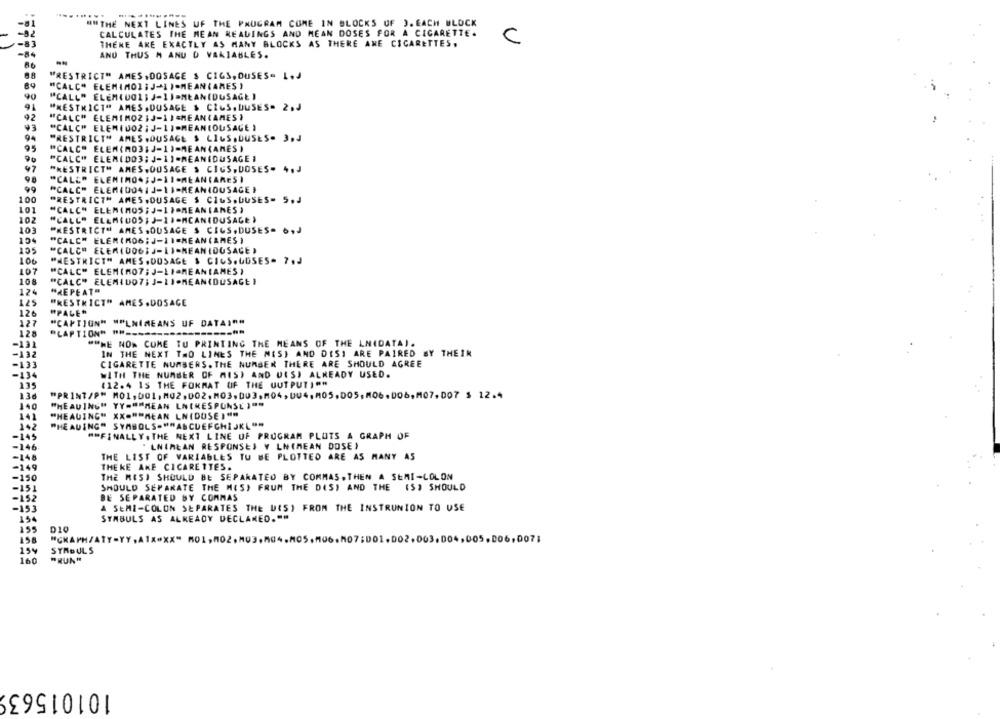
"" THE NEXT LINES UF THE PROGRAM COME IN BLOCKS UF J. EACH BLOCK
-82
CALCULATES THE MEAN READINGS AND MEAN DOSES FOR A CIGARETTE.
.83
THERE ARE EXACTLY AS MANY BLOCKS AS THERE ANE CIGARETTES.
C
-84
AND THUS M AND O VARIABLES.
-
88
"RESTRICT" AMES.DOSAGE & CIGS, DUSES- L.J
"CALC" ELEMIMOISJ-II.MEAN(ARES )
90
"CALL" ELEM(DOL; J-IJNEANDUSAGE )
91
"RESTRICT" AMES.DUSAGE $ CIGS, DUSES- 2.J
92
"CALC" ELEMIMOZIJ-IISMEANIAMES }
"CALC" ELEM(UO2 ; J-11-MEAN(OUSAGE )
94
"RESTRICT" AMES.DUSAGE $ LIGS,DUSES. 3.J
95
"CALC" ELEM(MO3;J-11-MEAN(AMES )
90
"CALC" ELEM(DO3; J-11-MEANIDUSAGE I
97
"RESTRICT" AMES,DOSAGE & CIUS, DOSES- 4.J
"CALE" ELEMIMO .; J-1I-MEANCARES)
99
"CALC" ELEM(0041J-11-MEANDUSAGE }
100
"RESTRICT" AMES,OUSAGE S CIUS.DUSES- 5.J
101
"CALC" ELEMIMOS ;J-ITOMEANIANES )
102
103
"RESTRICT" AMES,OUSAGE S CIGS, DUSES. ., J
104
"CALC" ELEM(MO6; J-11=MEAN(AMES )
105
"CALC" ELEM(DO6;J-LI-MEANIDOSACE )
"NESTRICT" AMES.DOSAGE $ CIGS. UUSES- 7.J
107
"CALC" ELEM(MO7; J-LIMEANIAMES )
108
"CALC" ELEMIDO7; 3-11-MEAN(DUSAGE }
124
"REPEAT
125
"RESTRICT" AMES.DOSAGE
126
"PALER
127
"CAPTION" ""LNIMEANS UF DATA)""
128
"LAPTION" PH ==
-131
""ME NON COME TU PRINTING THE MEANS OF THE LNIDATA).
-132
IN THE NEXT TWO LINES THE MESI AND DISI ARE PAIRED BY THEIN
-133
CIGARETTE NUMBERS. THE NUMBER THERE ARE SHOULD AGREE
-134
WITH THE NUMBER OF MIS) AND UISJ ALREADY USED.
135
(12.4 15 THE FORMAT OF THE OUTPUT)""
136
"PRINT/PM M01,001,M02,002,M03.003.M04,004,M05,005,M06.006,M07, 007 $ 12.4
140
"HEAUING" YY=""MEAN LNIRESPONSE )"
141
"HEAUING" XX=""MEAN LN(DUSE )""
"HEADING" SYMBOLS.""ASCUEFCHIJKL"
142
-145
MOFINALLY. THE NEXT LINE UF PROGRAM PLOTS A GRAPH OF
-146.
"" LNIMEAN RESPONSES Y LN(MEAN DOSE)
-148
THE LIST OF VARIABLES TU BE PLOTTED ARE AS MANY AS
-149
THE KE ANE CICARETTES.
-150
THE MISI SHOULD BE SEPARATED BY COMMAS. THEN A SEMI-LOLON
-151
SHOULD SEPARATE THE MIS) FRUM THE DIS) AND THE (S) SHOULD
-152
BE SEPARATED BY COMMAS
-153
A SEMI-COLON SEPARATES THE DIS) FROM THE INSTRUNION TO USE
154
STABULS AS ALREADY DECLARED.""
155
D10
158
003,004,005.006, 007;
159
SYRDULS
160
"RUN"
101015639